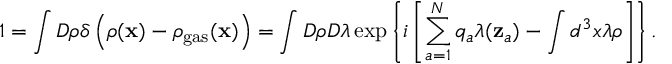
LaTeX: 1 = \int D \rho \delta \left( \rho ( { \bf x } ) - \rho _ { \mathrm { g a s } } ( { \bf x } ) \right) = \int D \rho D \lambda \exp \left\{ i \left[ \sum _ { a = 1 } ^ { N } q _ { a } \lambda ( { \bf z } _ { a } ) - \int d ^ { 3 } x \lambda \rho \right] \right\} .